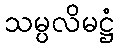
သမ္ပလိမဋ္ဌံ